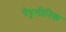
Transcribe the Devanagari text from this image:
चेबूलीनिक